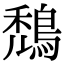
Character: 鵚